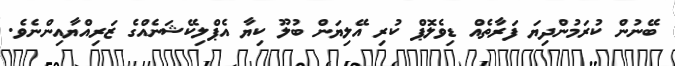
ބޭނުން ކުރަމުންދިޔަ ފަރާތެއް ޑިވެލޮޕް ކުރި އޭލިޔަން ބުލޫ ކިޔާ އެޕްލިކޭޝަނެއްގެ ޒަރިއްޔާއިންނެވެ.